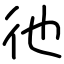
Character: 彵